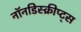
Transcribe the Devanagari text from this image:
नॉनडिस्क्रीप्ट्स